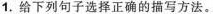
1.给下列句子选择正确的描写方法。